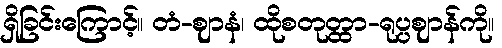
ရှိခြင်းကြောင့်။ တံ-ဈာနံ၊ ထိုစတုတ္ထာ-ရုပ္ပဈာန်ကို။